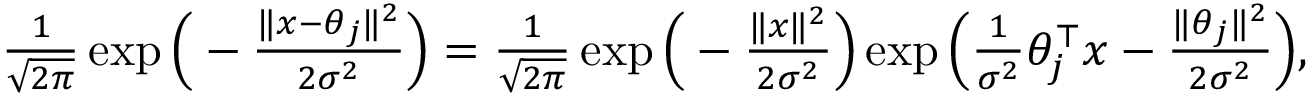
\begin{array} { r } { \frac 1 { \sqrt { 2 \pi } } \exp \Big ( - \frac { \| x - \theta _ { j } \| ^ { 2 } } { 2 \sigma ^ { 2 } } \Big ) = \frac 1 { \sqrt { 2 \pi } } \exp \Big ( - \frac { \| x \| ^ { 2 } } { 2 \sigma ^ { 2 } } \Big ) \exp \Big ( \frac 1 { \sigma ^ { 2 } } \theta _ { j } ^ { \top } x - \frac { \| \theta _ { j } \| ^ { 2 } } { 2 \sigma ^ { 2 } } \Big ) , } \end{array}